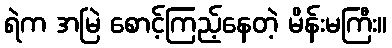
ရဲက အမြဲ စောင့်ကြည့်နေတဲ့ မိန်းမကြီး။